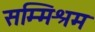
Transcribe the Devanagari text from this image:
सम्मिश्रम